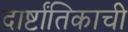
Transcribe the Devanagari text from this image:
दार्ष्टांतिकाची